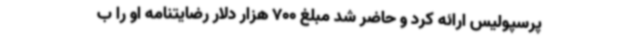
پرسپولیس ارائه کرد و حاضر شد مبلغ 700 هزار دلار رضایتنامه او را ب